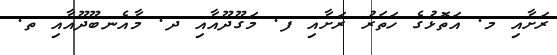
ރަށާއި މ. އަތޮޅުގެ ހަތަރު ރަށާއި ފ. މަގޫދޫއާއި ދ. މާއެނބޫދޫއާއި ތ.